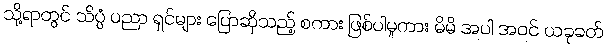
သို့ရာတွင် သိပ္ပံ ပညာ ရှင်များ ပြောဆိုသည့် စကား ဖြစ်ပါမူကား မိမိ အပါ အဝင် ယခုခတ်